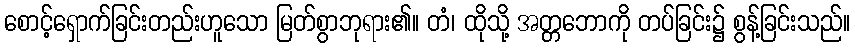
စောင့်ရှောက်ခြင်းတည်းဟူသော မြတ်စွာဘုရား၏။ တံ၊ ထိုသို့ အတ္တဘောကို တပ်ခြင်း၌ စွန့်ခြင်းသည်။